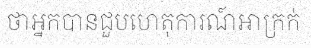
ថាអ្នកបានជួបហេតុការណ៍អាក្រក់